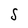
Character: S